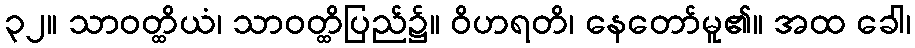
၃၂။ သာဝတ္ထိယံ၊ သာဝတ္ထိပြည်၌။ ဝိဟရတိ၊ နေတော်မူ၏။ အထ ခေါ၊